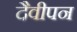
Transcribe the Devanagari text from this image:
दैवीपन